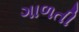
ગાળતી